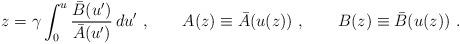
LaTeX: \begin{align*} z = \gamma \int_0^u \frac{{\bar B}(u')}{{\bar A}(u')} \, du'\ ,\qquad A(z) \equiv {\bar A}(u(z))\ ,\qquad B(z) \equiv {\bar B}(u(z))\ .\end{align*}